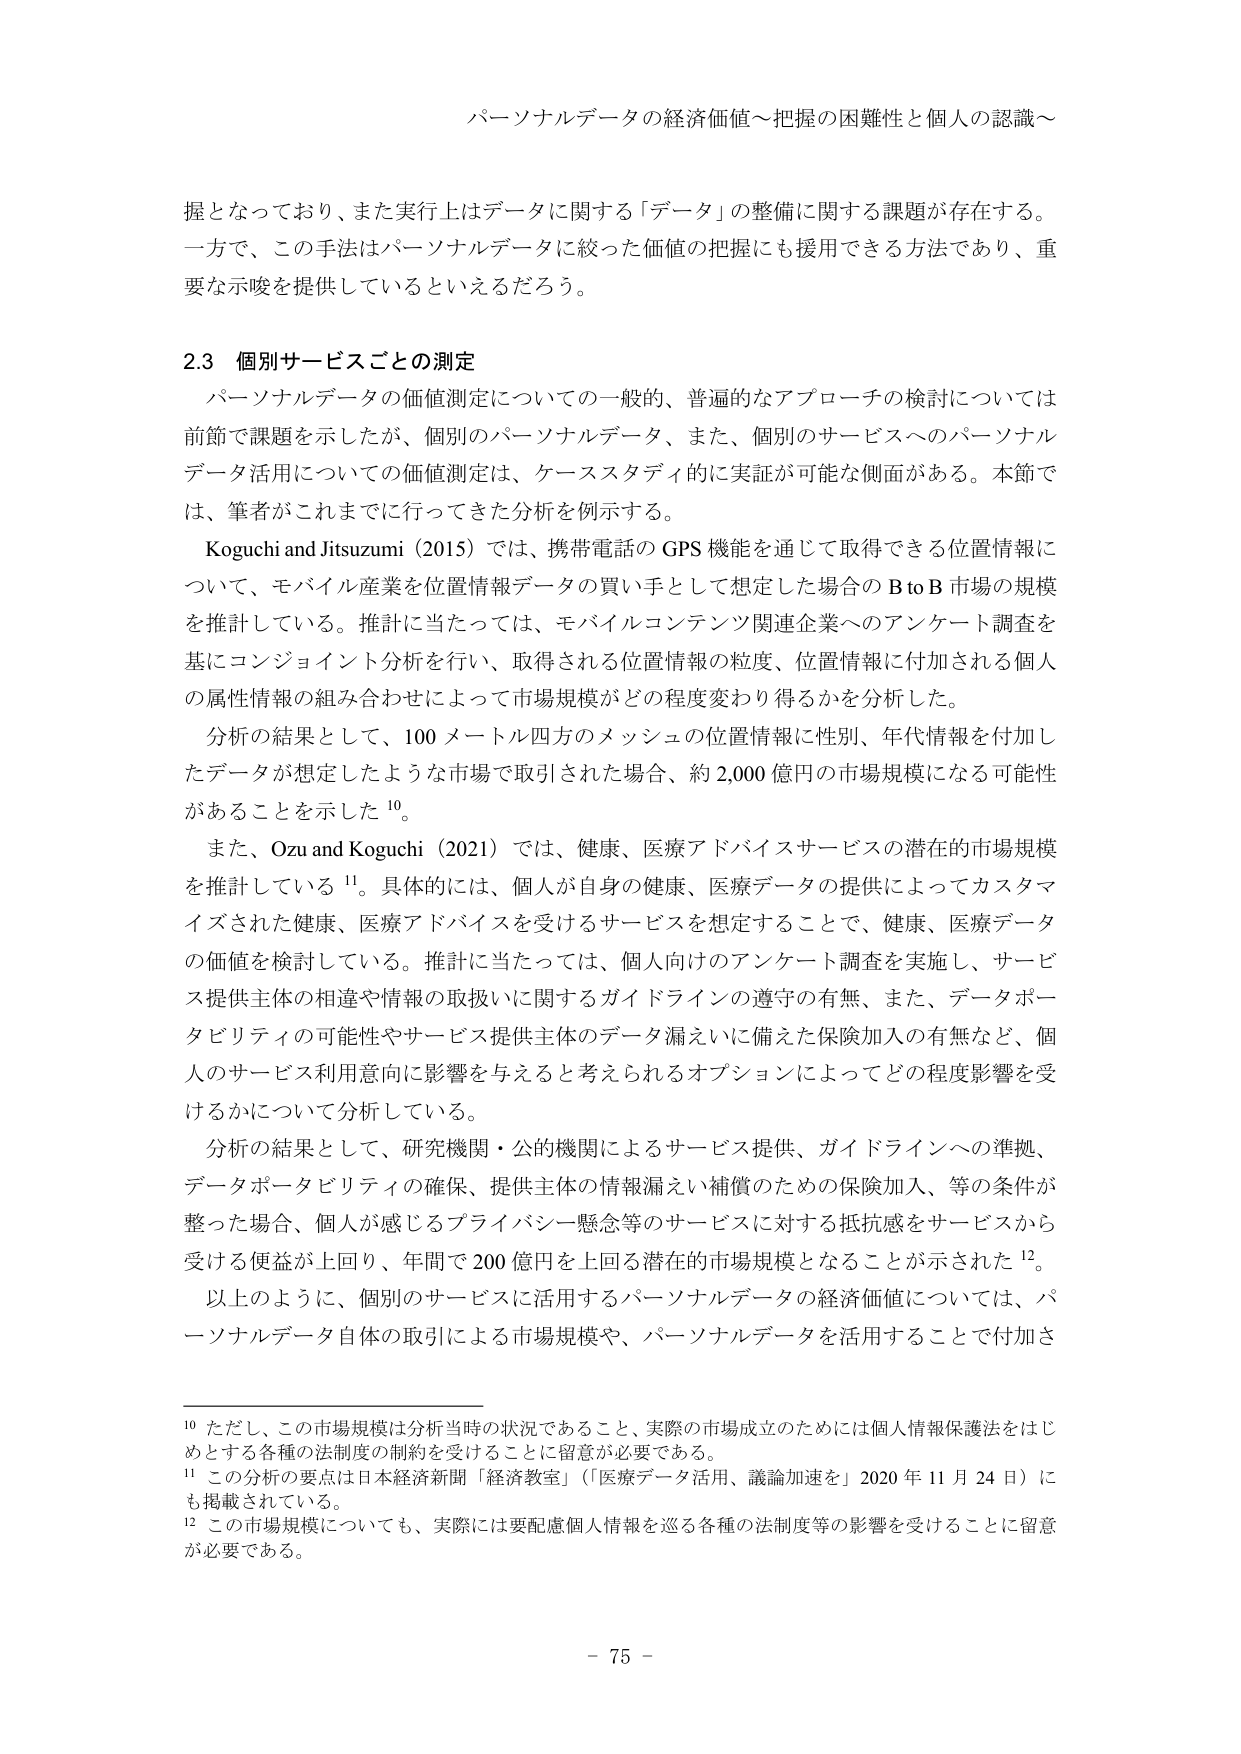
パーソナルデータの経済価値～把握の困難性と個人の認識～

握となっており、また実行上はデータに関する「データ」の整備に関する課題が存在する。
一方で、この手法はパーソナルデータに絞った価値の把握にも援用できる方法であり、重要な示唆を提供しているといえるだろう。

2.3 個別サービスごとの測定
パーソナルデータの価値測定についての一般的、普遍的なアプローチの検討については前節で課題を示したが、個別のパーソナルデータ、また、個別のサービスへのパーソナルデータ活用についての価値測定は、ケーススタディ的に実証が可能な側面がある。本節では、筆者がこれまでに行ってきた分析を例示する。

Koguchi and Jitsuzumi (2015) では、携帯電話の GPS 機能を通じて取得できる位置情報について、モバイル産業を位置情報データの買い手として想定した場合の B to B 市場の規模を推計している。推計に当たっては、モバイルコンテンツ関連企業へのアンケート調査を基にコンジョイント分析を行い、取得される位置情報の粒度、位置情報に付加される個人の属性情報の組み合わせによって市場規模がどの程度変わり得るかを分析した。

分析の結果として、100 メートル四方のメッシュの位置情報に性別、年代情報を付加したデータが想定したような市場で取引された場合、約 2,000 億円の市場規模になる可能性があることを示した 10。

また、Ozu and Koguchi (2021) では、健康、医療アドバイスサービスの潜在的市場規模を推計している 11。具体的には、個人が自身の健康、医療データの提供によってカスタマイズされた健康、医療アドバイスを受けるサービスを想定することで、健康、医療データの価値を検討している。推計に当たっては、個人向けのアンケート調査を実施し、サービス提供主体の相違や情報の取扱いに関するガイドラインの遵守の有無、また、データポータビリティの可能性やサービス提供主体のデータ漏えいに備えた保険加入の有無など、個人のサービス利用意向に影響を与えると考えられるオプションによってどの程度影響を受けるかについて分析している。

分析の結果として、研究機関・公的機関によるサービス提供、ガイドラインへの準拠、データポータビリティの確保、提供主体の情報漏えい補償のための保険加入、等の条件が整った場合、個人が感じるプライバシー懸念等のサービスに対する抵抗感をサービスから受ける便益が上回り、年間で 200 億円を上回る潜在的市場規模となることが示された 12。

以上のように、個別のサービスに活用するパーソナルデータの経済価値については、パーソナルデータ自体の取引による市場規模や、パーソナルデータを活用することで付加さ

10 ただし、この市場規模は分析当時の状況であること、実際の市場成立のためには個人情報保護法をはじめとする各種の法制度の制約を受けることに留意が必要である。
11 この分析の要点は日本経済新聞「経済教室」（「医療データ活用、議論加速を」2020 年 11 月 24 日）に掲載されている。
12 この市場規模についても、実際には要配慮個人情報を巡る各種の法制度等の影響を受けることに留意が必要である。

- 75 -